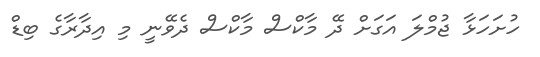
ހުށަހަޅާ ޖުމްލަ އަގަށް ދޭ މާކްސް މާކްސް ދެވޭނީ މި އިދާރާގެ ބިޑް